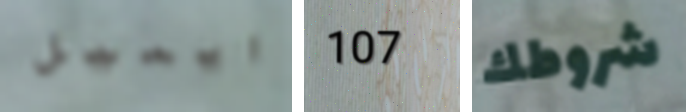
ايميل 107 شروطك